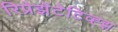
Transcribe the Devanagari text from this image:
रिप्रेझेंटेटिव्ह्झ